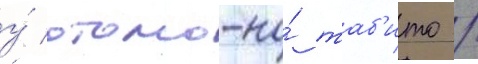
у́ отомо-но́ таб'ито /